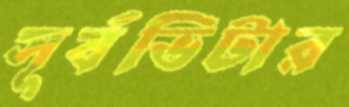
সূর্যভিটার